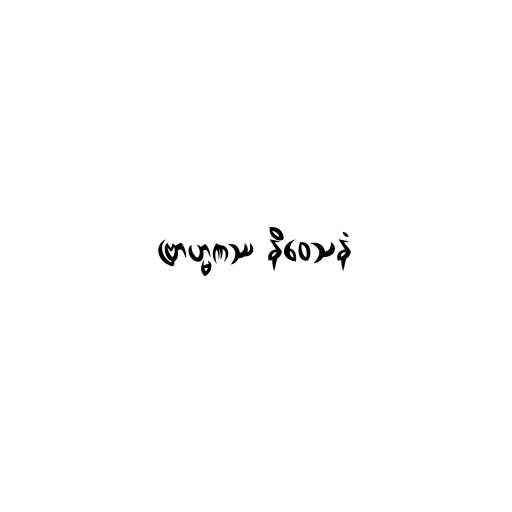
ဗြာဟ္မဏဿ နိဝေသနံ